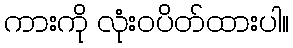
ကားကို လုံးဝပိတ်ထားပါ။